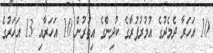
10 އަހަރާ ދެމެދުގެ އުމުރުފުރާގެ ކުދިންގެ އިތުރުން 10 އަހަރާއި 13 އަހަރުގެ